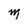
Character: M